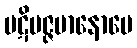
ပဋိပဇ္ဇမာနောပေ